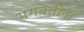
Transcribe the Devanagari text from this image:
भगवतींना